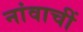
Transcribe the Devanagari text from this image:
नांवाचीं